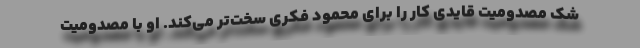
شک مصدومیت قایدی کار را برای محمود فکری سخت‌تر می‌کند. او با مصدومیت